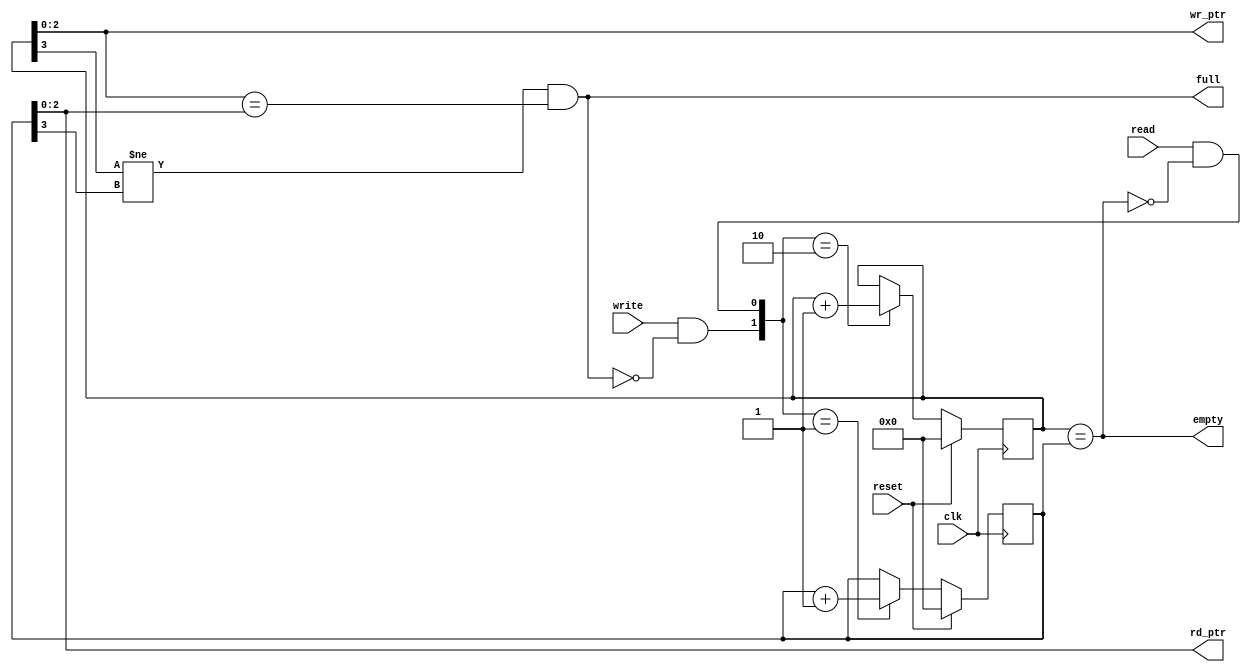
///////////////////////////////////////////////////////////////////////////
// Company: VB Tech
//
// Design Name: Status Signal
// Module Name: status_signal.v
// Project Name: FIFO
// Target Device: KU5P
// Tool Versions: 2019.2
// Description: Synchronous, Depth=8, Synthesizable, freq= 350MHz, RAM-based, not register-based
//
// Dependencies:
//
// Revision:
// Revision 0.01 - File Created
// Additional Comments:
//
/////////////////////////////////////////////////////////////////////////
module status_signal #(
    parameter POINTER_WIDTH = 3
) (
    input                          reset, clk, write, read,
    output [POINTER_WIDTH-1:0] wr_ptr, rd_ptr,
    output                         full, empty
);

    reg [POINTER_WIDTH:0] wr_tmp, rd_tmp;

    assign wr_ptr = wr_tmp[POINTER_WIDTH-1:0];
    assign rd_ptr = rd_tmp[POINTER_WIDTH-1:0];

    assign full  = (wr_tmp[POINTER_WIDTH] != rd_tmp[POINTER_WIDTH]) && (wr_tmp[POINTER_WIDTH-1:0] == rd_tmp[POINTER_WIDTH-1:0]);
    assign empty = (wr_tmp == rd_tmp);

    always @(posedge clk ) begin
        if(reset)begin
            wr_tmp <= 0;
            rd_tmp <= 0;
        end
        else begin
            case({write&&!full,read&&!empty})
                2'b00 :
                    begin
                        wr_tmp <= wr_tmp;
                        rd_tmp <= rd_tmp;
                    end
                2'b01 :
                    begin
                        rd_tmp <= rd_tmp + 1;
                    end
                2'b10 :
                    begin
                        wr_tmp <= wr_tmp + 1;
                    end
                2'b11 :
                    begin
                        wr_tmp <= wr_tmp;
                        rd_tmp <= rd_tmp;
                    end
                default :
                    begin
                        wr_tmp <= wr_tmp;
                        rd_tmp <= rd_tmp;
                    end
            endcase
        end
    end

endmodule